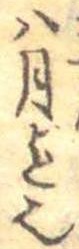
八月迄也